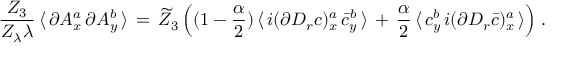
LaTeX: \frac { Z _ { 3 } } { Z _ { \lambda } \lambda } \, \langle \, \partial A _ { x } ^ { a } \, \partial A _ { y } ^ { b } \, \rangle \, = \, \widetilde Z _ { 3 } \, \Big ( ( 1 - \frac \alpha 2 ) \, \langle \, i ( \partial D _ { r } c ) _ { x } ^ { a } \, \bar { c } _ { y } ^ { b } \, \rangle \, + \, \frac \alpha 2 \, \langle \, c _ { y } ^ { b } \, i ( \partial D _ { r } \bar { c } ) _ { x } ^ { a } \, \rangle \Big ) \; .